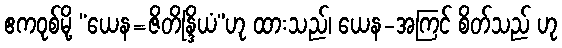
ဧကဝုစ်မို့ “ယေန=ဇိတိန္ဒြိယံ”ဟု ထားသည်၊ ယေန-အကြင် စိတ်သည် ဟု